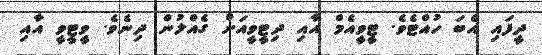
ދީފައި އެބަ ހުއްޓެވެ. ޓީވީއެމް އާއި ދިޓީވީއަށް ގެއްލުން ދިނެވެ. ވީޓީވީ އާއި